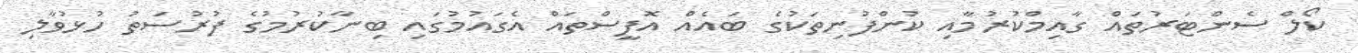
ކޯލް ސެންޓަރުތައް ގާއިމްކުރުމާއި ކުންފުނިތަކުގެ ބައެއް އޮފީސްތައް އެގައުމުގައި ބިނާކުރުމުގެ ފުރުސަތު ހުޅުވާލި